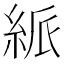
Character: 𥿯